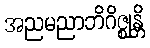
အညမညာဘိဂိဇ္ဈန္တိ